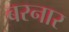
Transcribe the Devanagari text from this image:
बरनार